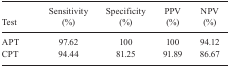
<table><thead><tr><td><b>Test</b></td><td><b>Sensitivity (%)</b></td><td><b>Specificity (%)</b></td><td><b>PPV (%)</b></td><td><b>NPV (%)</b></td></tr></thead><tbody><tr><td>APT</td><td>97.62</td><td>100</td><td>100</td><td>94.12</td></tr><tr><td>CPT</td><td>94.44</td><td>81.25</td><td>91.89</td><td>86.67</td></tr></tbody></table>